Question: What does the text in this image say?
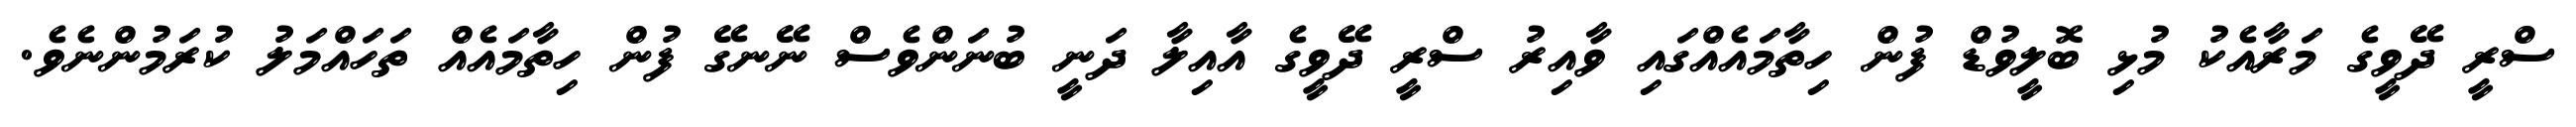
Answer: ސްރީ ދޭވީގެ މަރާއެކު މުޅި ބޮލީވުޑް ފުން ހިތާމައެއްގައި ވާއިރު ސްރީ ދޭވީގެ އާއިލާ ދަނީ ބުނަންވެސް ނޭނގޭ ފުން ހިތާމައެއް ތަހައްމަލު ކުރަމުންނެވެ.